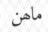
ماھن